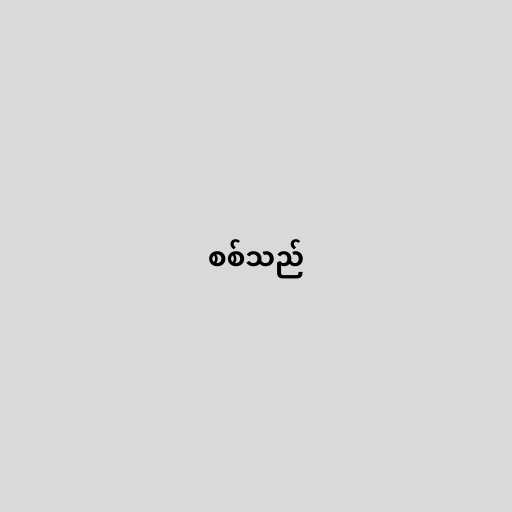
စစ်သည်